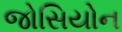
જોસિયોન